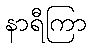
နာရီကြာ